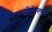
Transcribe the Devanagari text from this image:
ओनेल्या